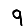
Digit: 9